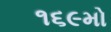
૧૬૯મો